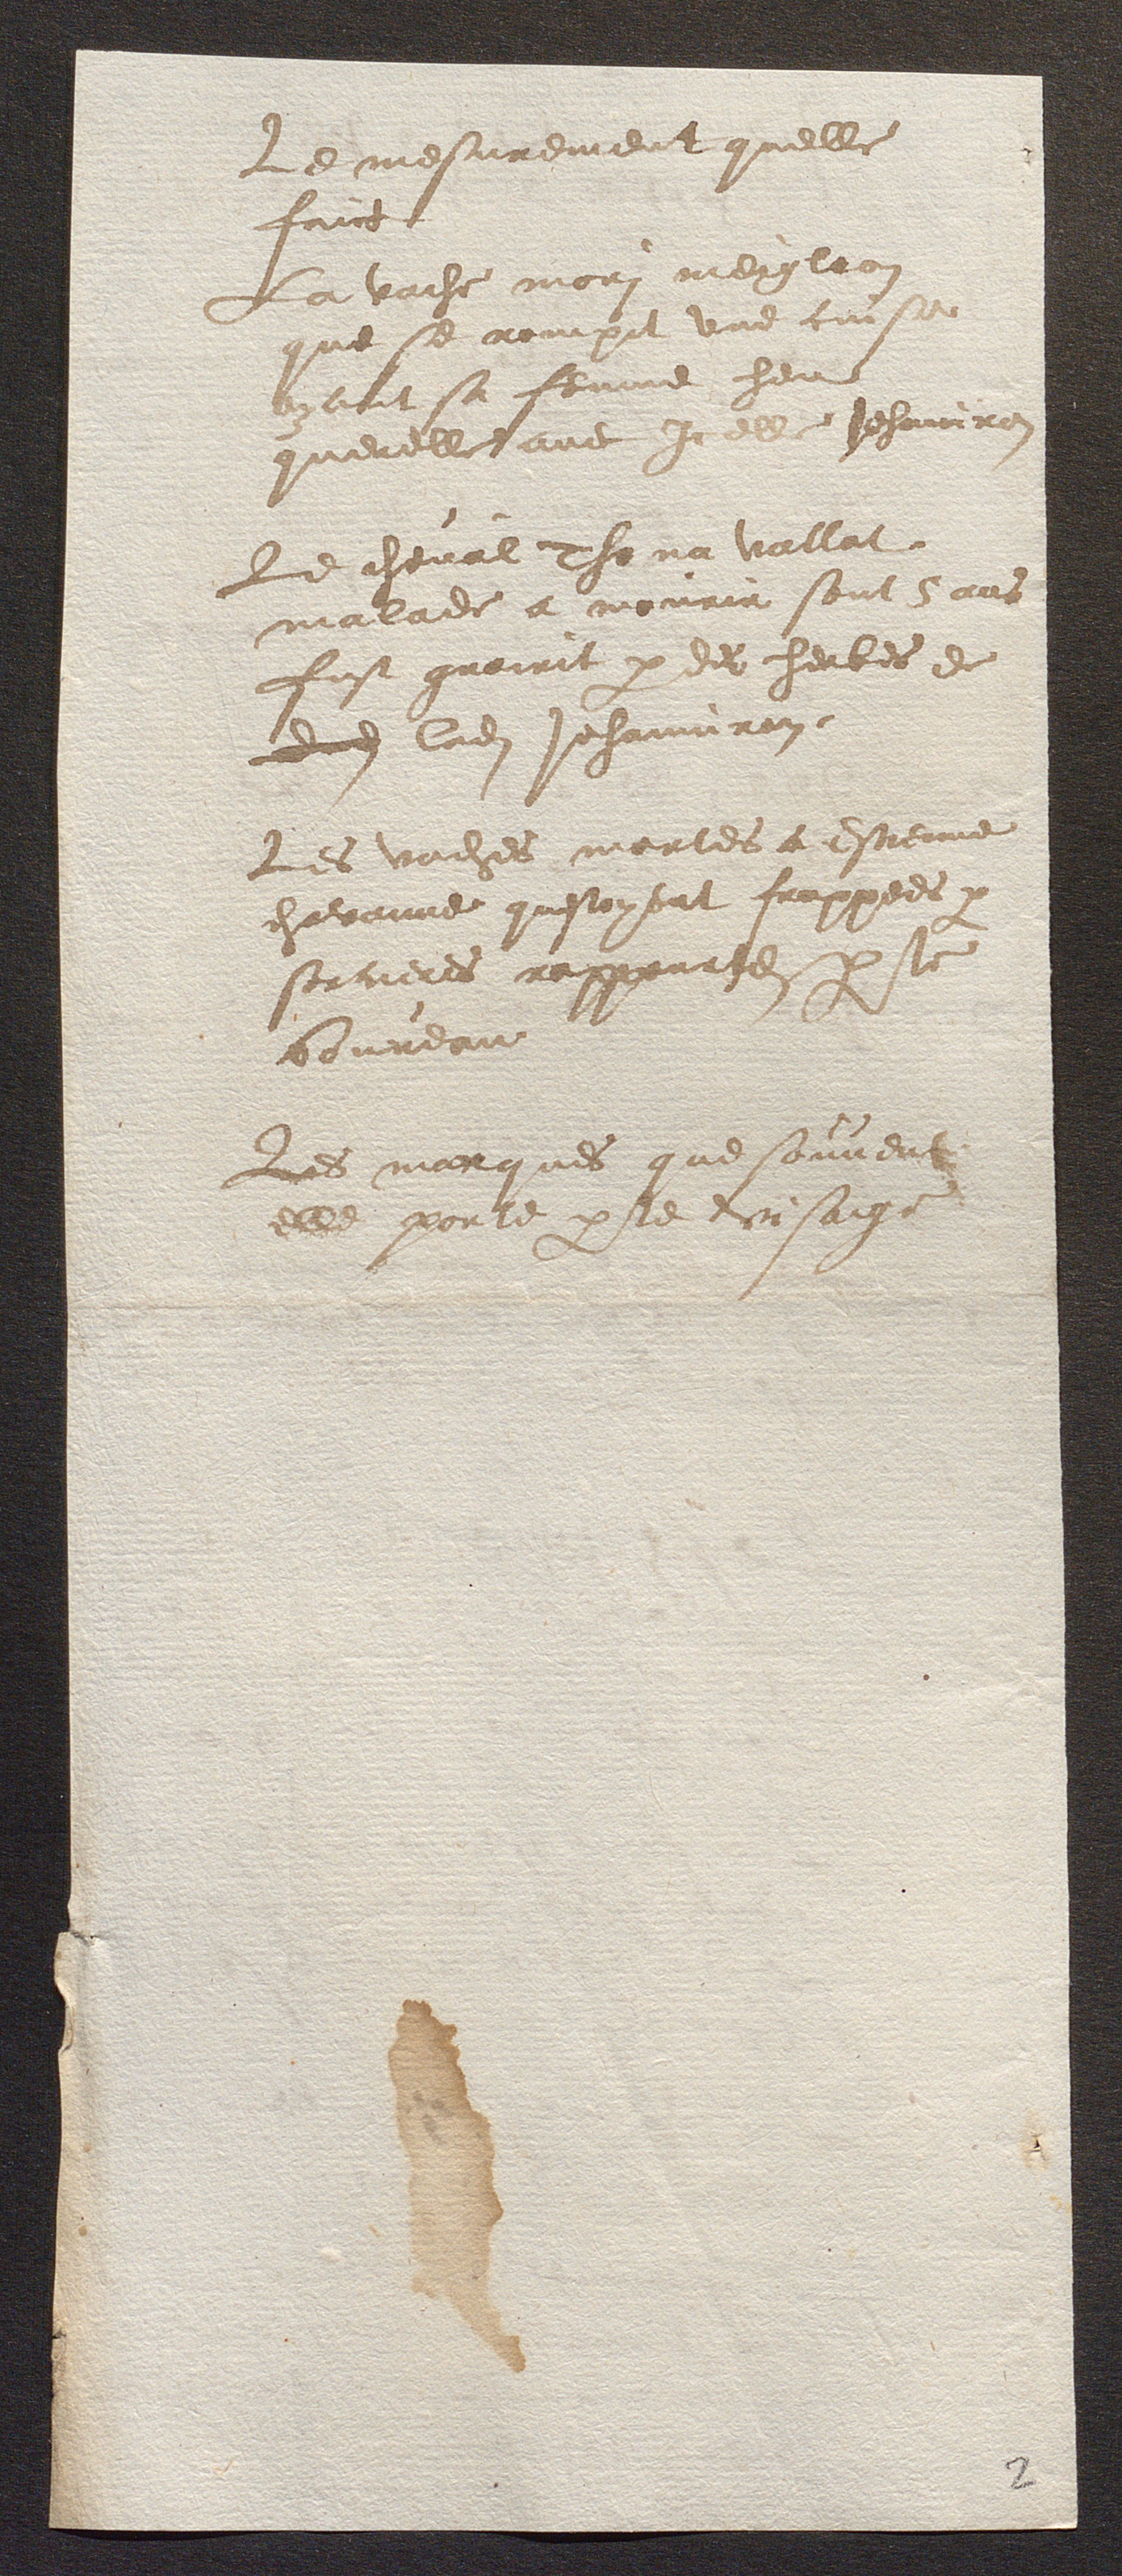
Le mesurement quelle
faict
La vache mori meiglaon
que se rompit une cuise
ayant sa femme heu
querelle avec Icelle Jehanniron
Le cheval Thona Vallat
malade a mourir sont 5 ans
fust guairit p des herbes de
dud lad Jehanniron.
Les vaches mortes a Estienne
chavanne questoyent frappees p
sorcieres rappourtes p le
boureau
Les marques que souvent
elle porte p le visaige

2